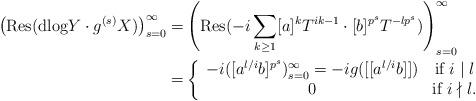
LaTeX: \begin{align*}\left( \mathrm{Res} ( \mathrm{dlog} Y \cdot g^{(s)}X ) \right)_{s=0}^{\infty}=& \left( \mathrm{Res} ( -i \sum_{k \geq 1} [a]^k T^{ik-1} \cdot [b]^{p^s} T^{-lp^s} ) \right)_{s=0}^{\infty} \\=& \left\{ \begin{array}{cc} -i ( [a^{l/i} b ]^{p^s})_{s=0}^{\infty}=-ig([[a^{l/i} b ]]) &\textrm{if } i\mid l \\0 & \textrm{if } i \nmid l. \end{array} \right.\end{align*}